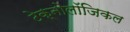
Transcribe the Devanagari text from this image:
टेक्नोलॉजिकल